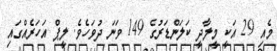
މެއި 29 އަކީ މީލާދީ ކަލަންޑަރުގެ 149 ވަނަ ދުވަހެވެ. ލީޕް އަހަރެއްގައި